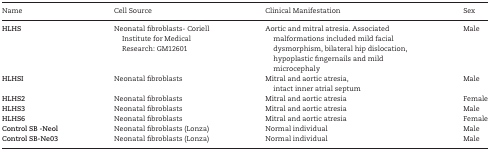
<table><thead><tr><td><b>Name</b></td><td><b>Cell Source</b></td><td><b>Clinical Manifestation</b></td><td><b>Sex</b></td></tr></thead><tbody><tr><td><b>HLHS</b></td><td>Neonatal fibroblasts- Coriell Institute for Medical Research: GM12601</td><td>Aortic and mitral atresia. Associated malformations included mild facial dysmorphism, bilateral hip dislocation, hypoplastic fingernails and mild microcephaly</td><td>Male</td></tr><tr><td><b>HLHSI</b></td><td>Neonatal fibroblasts</td><td>Mitral and aortic atresia, intact inner atrial septum</td><td>Male</td></tr><tr><td><b>HLHS2</b></td><td>Neonatal fibroblasts</td><td>Mitral and aortic atresia</td><td>Female</td></tr><tr><td><b>HLHS3</b></td><td>Neonatal fibroblasts</td><td>Mitral and aortic atresia</td><td>Male</td></tr><tr><td><b>HLHS6</b></td><td>Neonatal fibroblasts</td><td>Mitral and aortic atresia</td><td>Female</td></tr><tr><td><b>Control SB -Neol</b></td><td>Neonatal fibroblasts (Lonza)</td><td>Normal individual</td><td>Male</td></tr><tr><td><b>Control SB-Ne03</b></td><td>Neonatal fibroblasts (Lonza)</td><td>Normal individual</td><td>Male</td></tr></tbody></table>